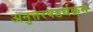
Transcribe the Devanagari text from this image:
अनुत्तरषडर्धक्रम